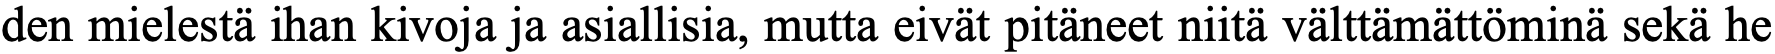
den mielestä ihan kivoja ja asiallisia, mutta eivät pitäneet niitä välttämättöminä sekä he